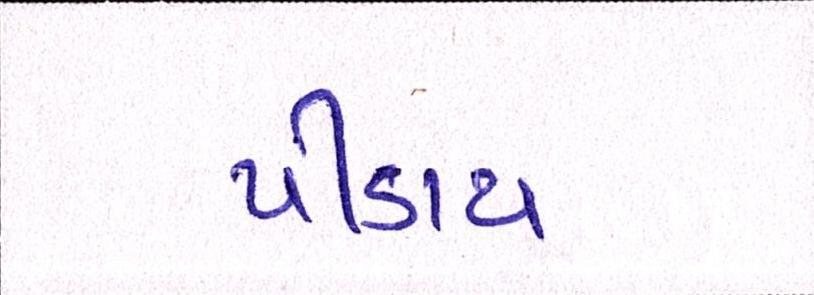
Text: પીડાય